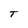
Character: T